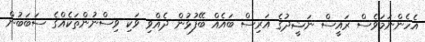
އެހެންނަމަވެސް ރައީސް ނަޝީދުގެ އަރިސް ބައެއް ބޭފުޅުން ދެއްވި ވަކި ވިސްނުންތަކެއްގެ ސަބަބުން